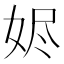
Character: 𮱁